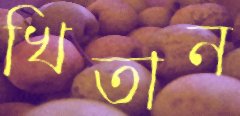
খিতান